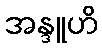
အန္ဒူဟိ